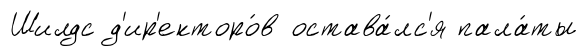
Шилдс д'ир'екторо́в остава́лс'я пала́ты